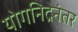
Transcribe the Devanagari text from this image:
योगनिद्रेनंतर